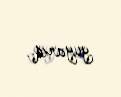
yuyarıq..